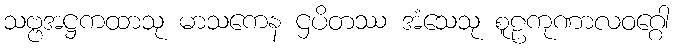
သဗ္ဗအဋ္ဌကထာသု မာသကေန ဌပိတဿ အံသေသု စူဠကုဏာလဝဂ္ဂေါ